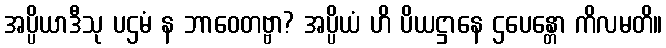
အပ္ပိယာဒီသု ပဌမံ န ဘာဝေတဗ္ဗာ? အပ္ပိယံ ဟိ ပိယဋ္ဌာနေ ဌပေန္တော ကိလမတိ။